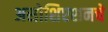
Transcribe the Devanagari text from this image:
असोशिएशनचे